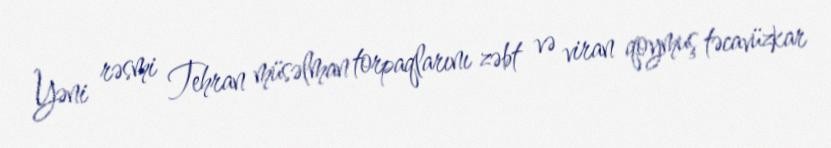
Yəni rəsmi Tehran müsəlman torpaqlarını zəbt və viran qoymuş təcavüzkar